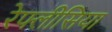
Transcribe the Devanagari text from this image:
रेफ्लीसिया